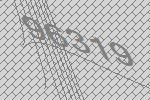
96319